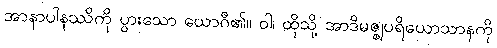
အာနာပါနဿိကို ပွားသော ယောဂီ၏။ ဝါ၊ ထိုသို့ အာဒိမဇ္ဈပရိယောသာနကို